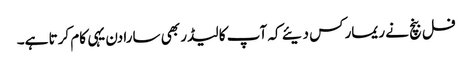
فل بنچ نے ریمارکس دیئے کہ آپ کا لیڈر بھی سارا دن یہی کام کرتا ہے۔